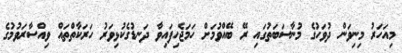
މިއަހަރު މިނިވަން ދުވަހުގެ މުނާސަބަތުގައި ރޭ ބޭއްވުމަށް ހަމަޖެހިފައިވާ ދަނޑުގެކުޅިވަރު ހަރަކާތްތައް ވިއްސާރަވުމުގެ